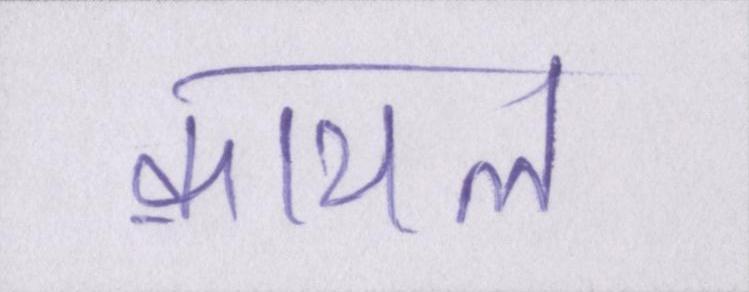
क़ायल